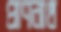
প্রাণনাথ